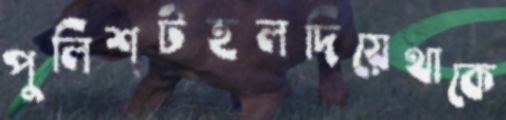
পুলিশটহলদিয়েথাকে